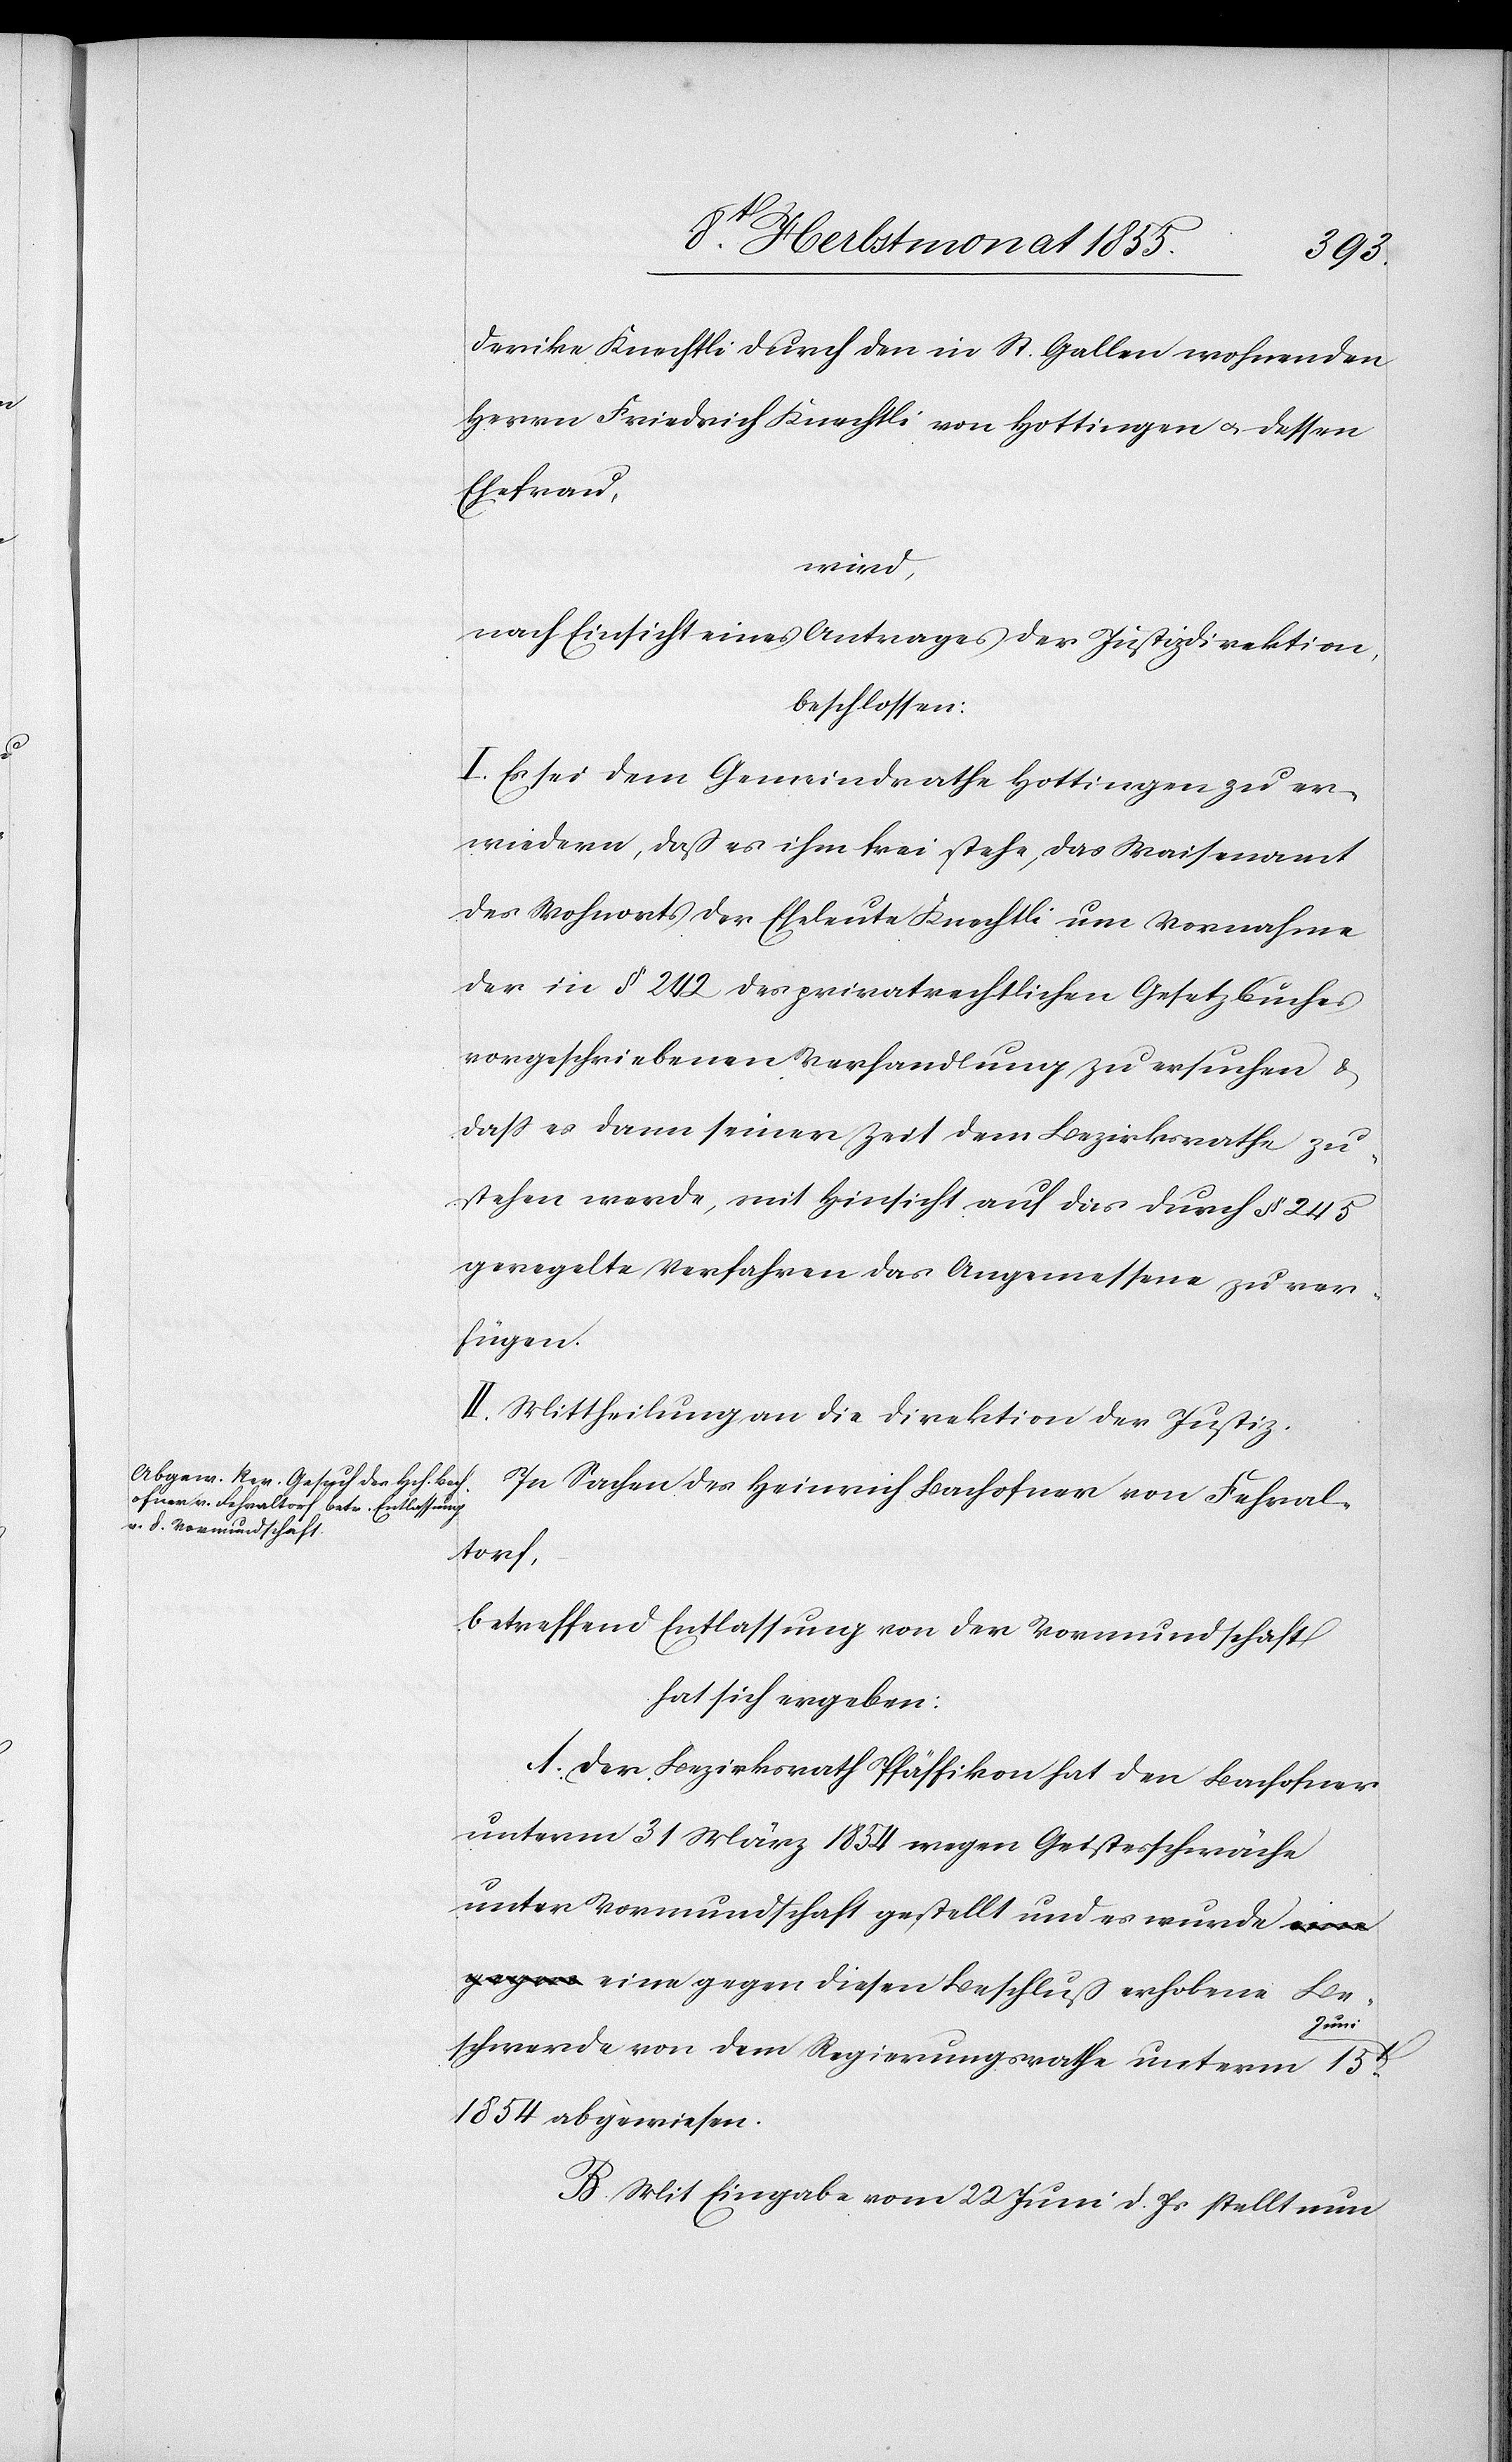
derike Knechtli durch den in St. Gallen wohnenden
Herrn Friedrich Knechtli von Hottingen & dessen
Ehefrau,
wird,
nach Einsicht eines Antrages der Justizdirektion,
beschlossen:
I. Es sei dem Gemeindrathe Hottingen zu er¬
wiedern, daß es ihm frei stehe, das Waisenamt
des Wohnorts der Eheleute Knechtli um Vornahme
der in § 242 des privatrechtlichen Gesetzbuches
vorgeschriebenen Verhandlung zu ersuchen &
dass es dann seiner Zeit dem Bezirksrathe zu¬
stehen werde, mit Hinsicht auf das durch § 245
geregelte Verfahren das Angemessene zu ver¬
fügen.
II. Mittheilung an die Direktion der Justiz.
In Sachen des Heinrich Bachofner von Fehral¬
torf,
betreffend Entlassung von der Vormundschaft
hat sich ergeben:
A. Der Bezirksrath Pfäffikon hat den Bachofner
unterm 31 März 1854 wegen Geistesschwäche
unter Vormundschaft gestellt und es wurde a-eine
gegen-a eine gegen diesen Beschluß erhobene Be¬
Juni
schwerde von dem Regierungsrathe unterm 15t.
1854 abgewiesen.
B. Mit Eingabe vom 22 Juni d. Js stellt nun